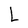
Character: L